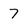
Character: 7